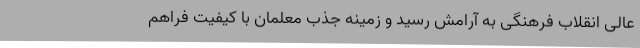
عالی انقلاب فرهنگی به آرامش رسید و زمینه جذب معلمان با کیفیت فراهم